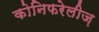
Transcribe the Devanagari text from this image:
कोनिफरेलीज़